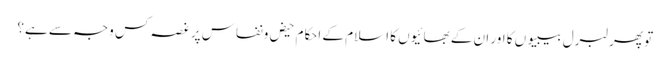
تو پھر لبرل بیبیوں کا اور ان کے بھائیوں کا اسلام کے احکام حیض ونفاس پر غصہ کس وجہ سے ہے؟